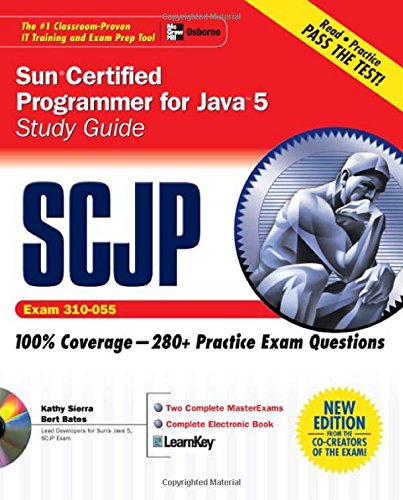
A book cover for SCJP Sun Certified Programmer for Java 5 Study Guide (Exam 310-055) (Certification Press); Kathy Sierra; Computers & Technology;